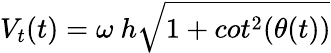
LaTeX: V_{t}(t)=\omega\ h\sqrt{1+cot^{2}(\theta(t))}